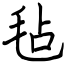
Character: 毡